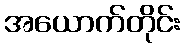
အယောက်တိုင်း